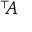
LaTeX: ^ { \top } \! \! A